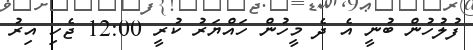
ފުލުހުން ބުނީ އެ ދެ މީހުން ހައްޔަރު ކުރީ 12:00 ޖެހި އިރު